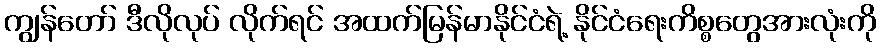
ကျွန်တော် ဒီလိုလုပ် လိုက်ရင် အထက်မြန်မာနိုင်ငံရဲ့ နိုင်ငံရေးကိစ္စတွေအားလုံးကို